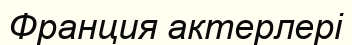
Франция актерлері